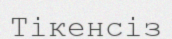
Тікенсіз